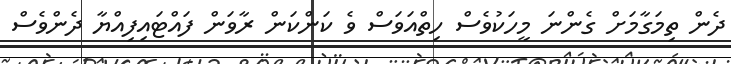
ދެން ތިމަގާމަށް ގެންނަ މީހަކުވެސް ހިތްއަވަސް ވެ ކަންކަން ރާވަން ފައްޓައިފިއްޔާ ދެންވެސް